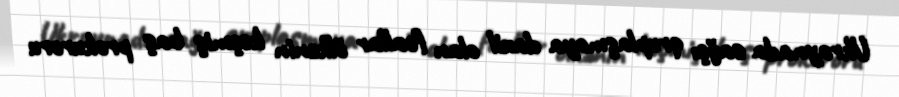
Ukraynada sağçı qruplaşmaya daxil olan fəallar ölkənin keçmiş baş prokuroru